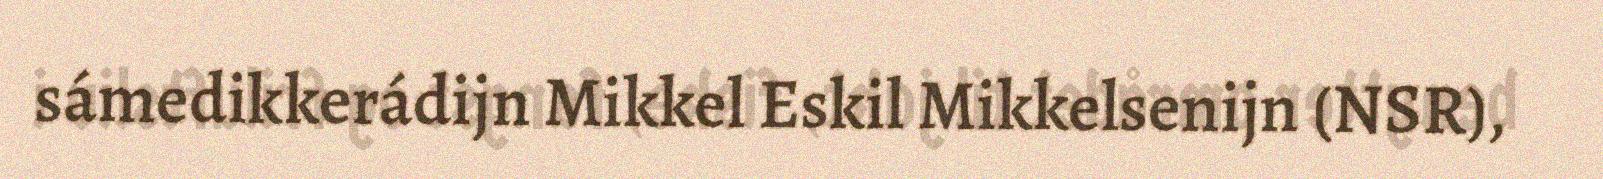
sámedikkerádijn Mikkel Eskil Mikkelsenijn (NSR),